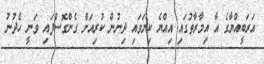
އަރަބީއްޔާގެ އާ އިމާރާތުގައި އިއްޔެ ކިޔަވައި ދިނުން ކުރިއަށް ގެންގޮސްފައި ވަނީ ހެދުނު